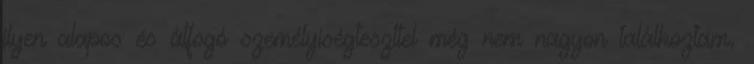
ilyen alapos és átfogó személyiségteszttel még nem nagyon találkoztam.